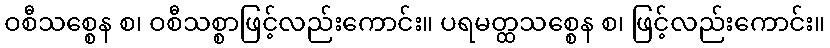
ဝစီသစ္စေန စ၊ ဝစီသစ္စာဖြင့်လည်းကောင်း။ ပရမတ္ထသစ္စေန စ၊ ဖြင့်လည်းကောင်း။